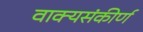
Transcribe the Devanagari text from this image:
वाक्यसंकीर्ण